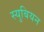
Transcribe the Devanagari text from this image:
स्युबियन